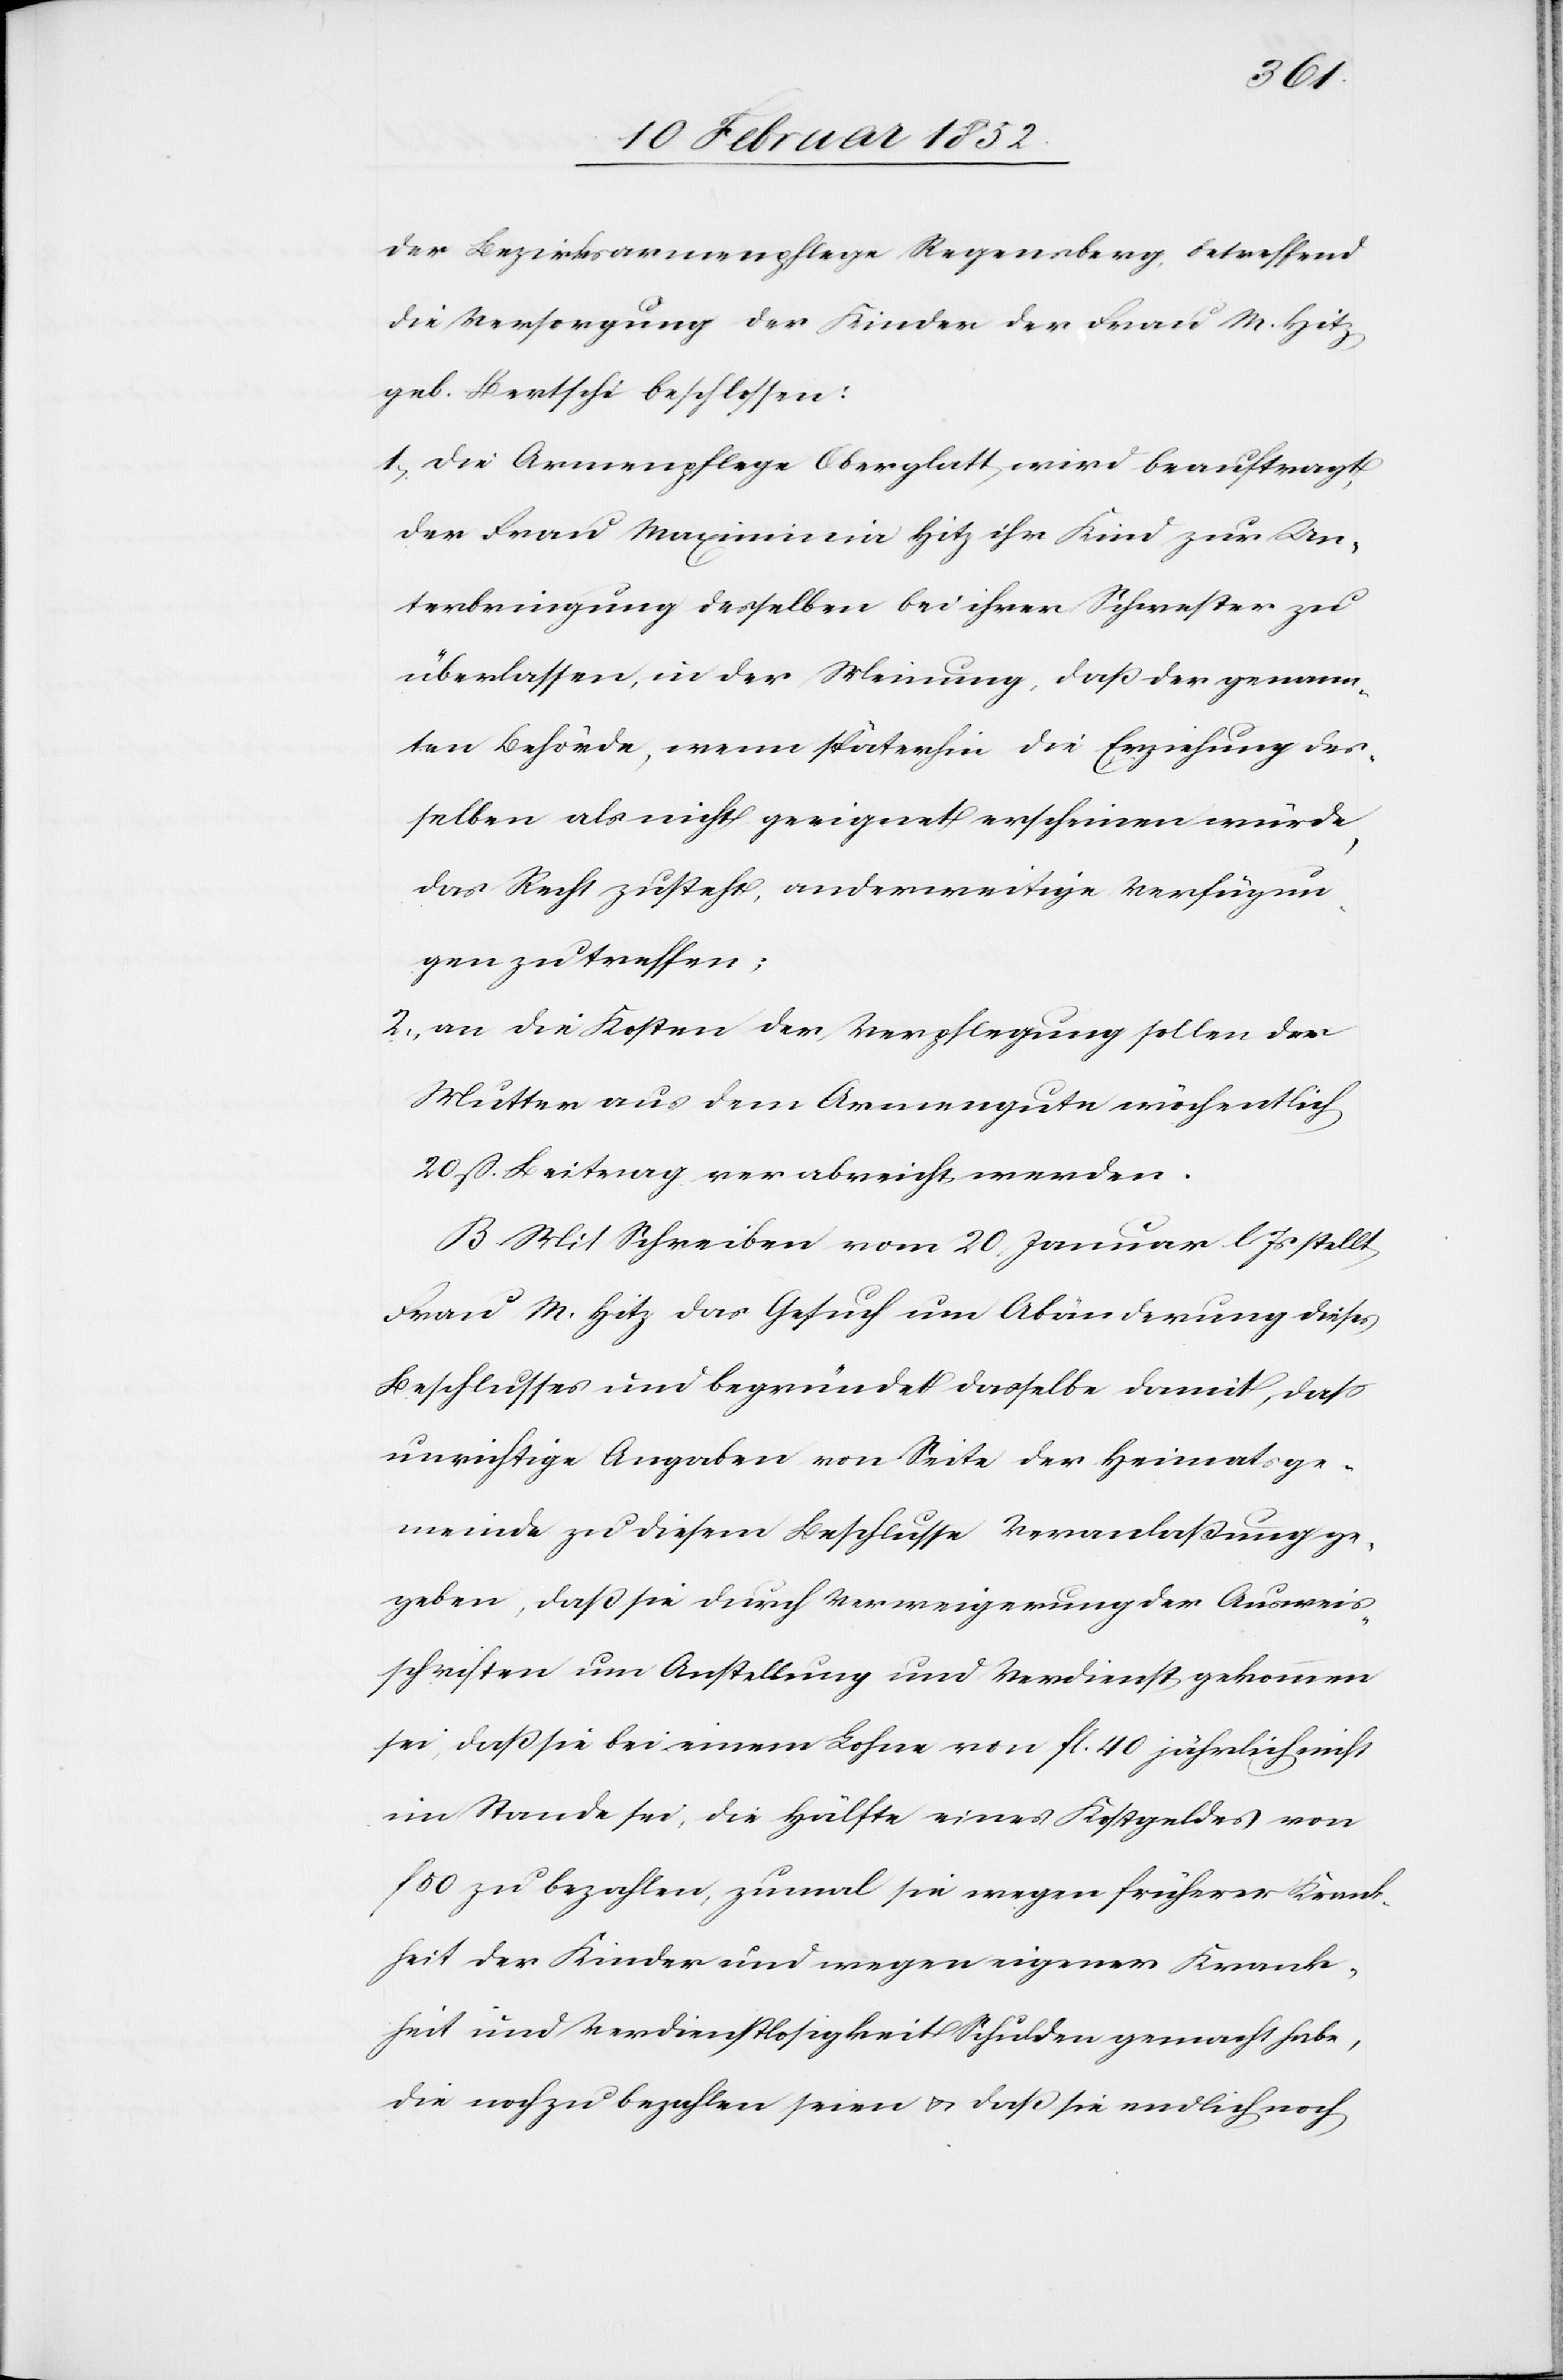
der Bezirksarmenpflege Regensberg betreffend
die Versorgung der Kinder der Frau M. Hitz
geb. Bertschi beschlossen:
1.) Die Armenpflege Oberglatt wird beauftragt,
der Frau Maximinia Hitz ihr Kind zur Un¬
terbringung desselben bei ihrer Schwester zu
überlassen, in der Meinung, daß der genann¬
ten Behörde, wenn späterhin die Erziehung des¬
selben als nicht geeignet erscheinen würde,
das Recht zustehe, anderweitige Verfügun¬
gen zu treffen;
2.) an die Kosten der Verpflegung sollen der
Mutter aus dem Armengute wöchentlich
20 fl. Beitrag verabreicht werden.
B Mit Schreiben vom 20. Januar l Js stellt
Frau M. Hitz das Gesuch um Abänderung dieses
Beschlußes und begründet dasselbe damit, daß
unrichtige Angaben von Seite der Heimatsge¬
meinde zu diesem Beschlusse Veranlaßung ge¬
geben, daß sie durch Verweigerung der Ausweis¬
schriften um Anstellung und Verdienst gekommen
sei, daß sie bei einem Lohne von fl. 40 jährlich nicht
im Stande sei, die Hälfte eines Kostgeldes von
f 40 zu bezahlen, zumal sie wegen früherer Krank¬
heit der Kinder und wegen eigener Krank¬
heit und Verdienstlosigkeit Schulden gemacht habe,
die noch zu bezahlen seien, u. daß sie endlich noch